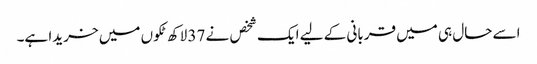
اسے حال ہی میں قربانی کے لیے ایک شخص نے 37 لاکھ ٹکوں میں خریدا ہے۔